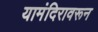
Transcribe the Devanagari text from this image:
यामंदिरावरून